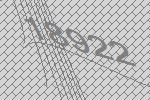
18922